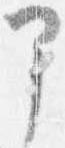
部